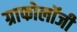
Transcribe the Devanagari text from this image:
ग्राफोलॉजी